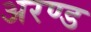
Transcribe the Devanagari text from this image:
अरण्ड